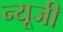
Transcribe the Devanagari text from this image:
न्यूजी